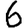
Digit: 6